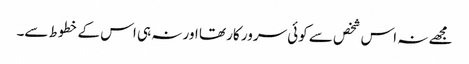
مجھے نہ اس شخص سے کوئی سرور کار تھا اور نہ ہی اس کے خطوط سے۔